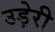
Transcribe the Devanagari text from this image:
उड़ेरी